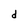
Character: d